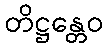
တိဋ္ဌန္တေဝ